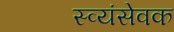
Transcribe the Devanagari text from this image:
स्व्यंसेवक